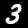
Digit: 3